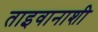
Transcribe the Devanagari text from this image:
ताइवानाशी